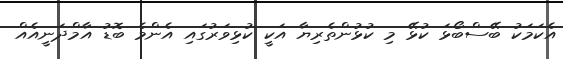
އެކަމަކު ބޭސްބޯޅަ ކުޅޭ މި ކުޅުންތެރިޔާ އަކީ ކުޅިވަރުގައި އެންމެ ބޮޑު އާމްދަނީއެއް